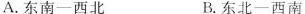
A.东南一西北 B.东北一西南